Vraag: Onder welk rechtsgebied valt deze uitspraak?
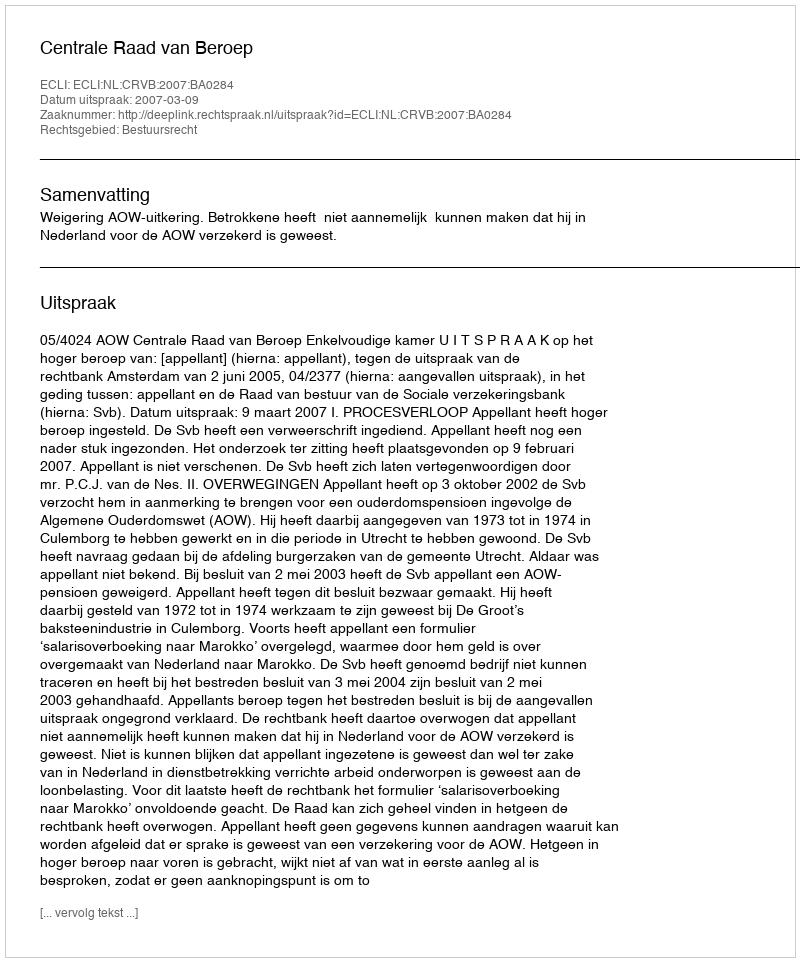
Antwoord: Bestuursrecht